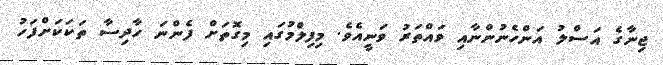
ޖިނާގެ އަސްލު އަންހެނުންނާއި ވައްތަރު ވަނީއެވެ. މިފިލްމުގައި މިގޮތަށް ފެންނަ ހާދިސާ ތަކަކަށްފަހު